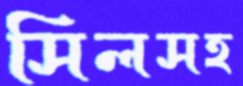
সিলসহ